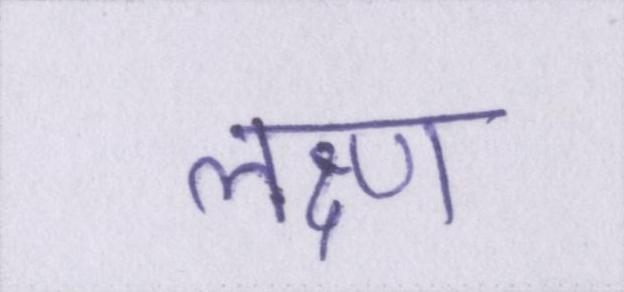
लक्ष्ण